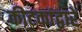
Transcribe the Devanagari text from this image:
कीटकांद्वारे